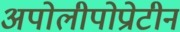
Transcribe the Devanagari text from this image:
अपोलीपोप्रोटीन